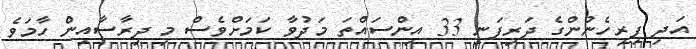
އަދި ފިރިހެނުންގެ ދަރިފަނި 33 އިންސައްތަ މަދުވާ ކަމަށްވެސް މި ދިރާސާއިން ހާމަވެ